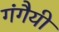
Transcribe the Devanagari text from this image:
गंगैयी